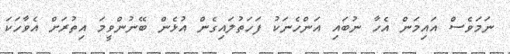
ނަމަވެސް އައިމަން އެހާ ނުބައި އަންހެނަކު ފަހަތުލައިގެން އުޅެން ބޭނުންވީމަ އިތުރަށް އެވާހަކަ